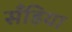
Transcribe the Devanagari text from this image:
सँडिया